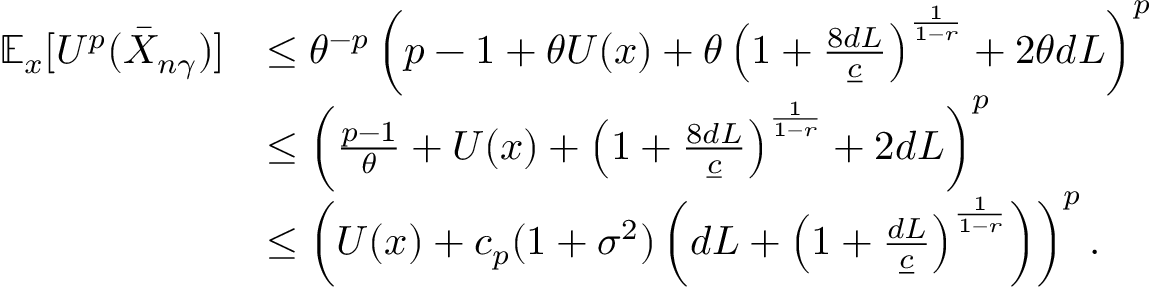
\begin{array} { r l } { \mathbb { E } _ { x } [ U ^ { p } ( \bar { X } _ { n \gamma } ) ] } & { \le \theta ^ { - p } \left( p - 1 + \theta U ( x ) + \theta \left( 1 + \frac { 8 d L } { \underline { { c } } } \right) ^ { \frac { 1 } { 1 - r } } + 2 \theta d L \right) ^ { p } } \\ & { \le \left( \frac { p - 1 } { \theta } + U ( x ) + \left( 1 + \frac { 8 d L } { \underline { { c } } } \right) ^ { \frac { 1 } { 1 - r } } + 2 d L \right) ^ { p } } \\ & { \le \left( U ( x ) + c _ { p } ( 1 + \sigma ^ { 2 } ) \left( d L + \left( 1 + \frac { d L } { \underline { { c } } } \right) ^ { \frac { 1 } { 1 - r } } \right) \right) ^ { p } . } \end{array}